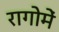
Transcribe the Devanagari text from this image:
रागोमें